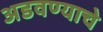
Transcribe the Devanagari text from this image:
अडवण्याचे